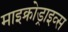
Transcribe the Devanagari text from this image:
माइक्रोड्राइव्स